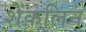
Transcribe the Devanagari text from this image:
शेंकलिन